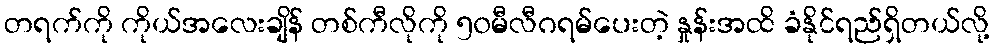
တရက်ကို ကိုယ်အလေးချိန် တစ်ကီလိုကို ၅၀မီလီဂရမ်ပေးတဲ့ နှုန်းအထိ ခံနိုင်ရည်ရှိတယ်လို့